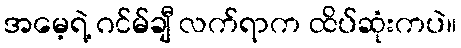
အမေ့ရဲ့ ဂင်မ်ချီ လက်ရာက ထိပ်ဆုံးကပဲ။